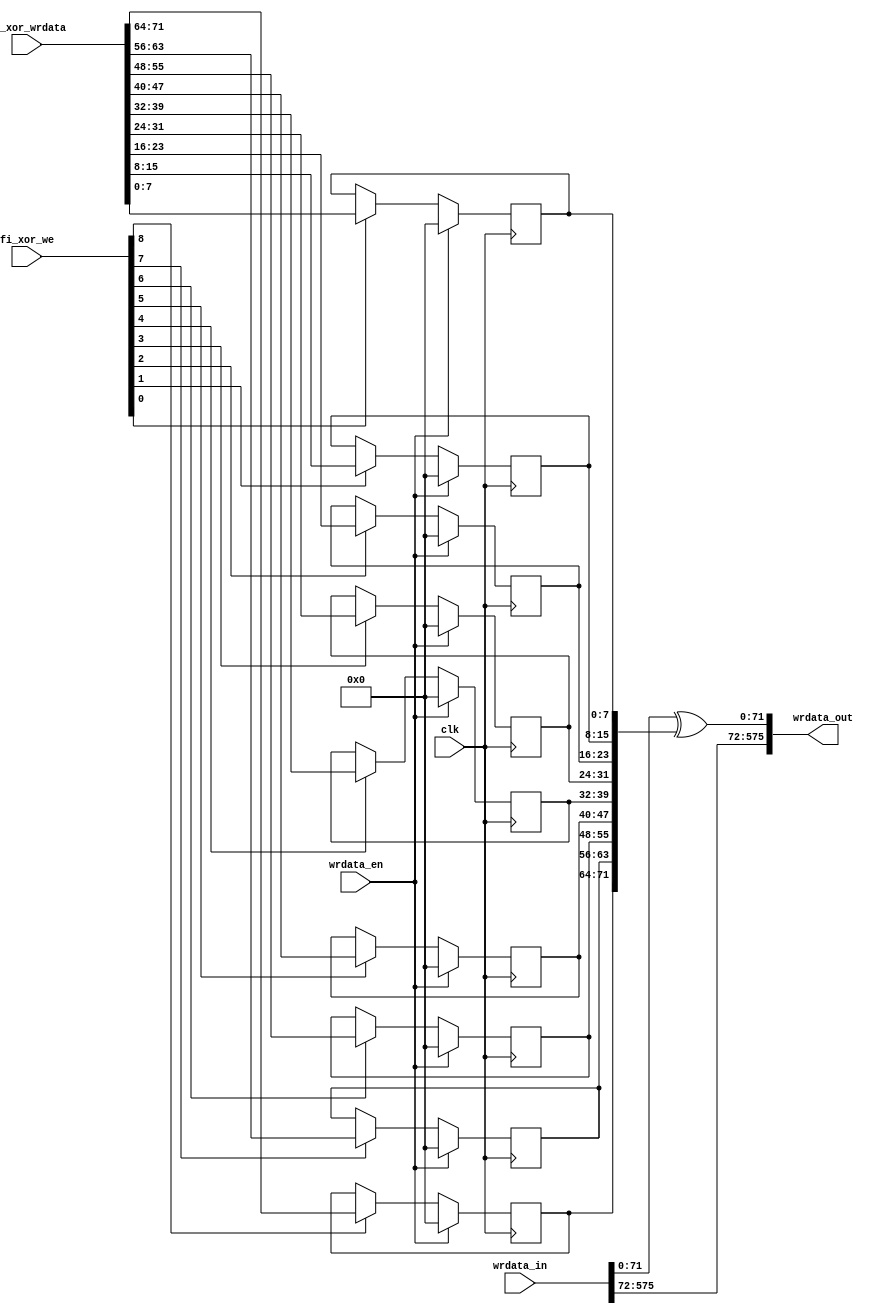
module mig_7series_v2_0_fi_xor #
(
///////////////////////////////////////////////////////////////////////////////
// Parameter Definitions
///////////////////////////////////////////////////////////////////////////////
  // External Memory Data Width
  parameter integer DQ_WIDTH               = 72,
  parameter integer DQS_WIDTH              = 9,
  parameter integer nCK_PER_CLK            = 4
)
(
///////////////////////////////////////////////////////////////////////////////
// Port Declarations     
///////////////////////////////////////////////////////////////////////////////
  input  wire                              clk           , 
  input  wire [2*nCK_PER_CLK*DQ_WIDTH-1:0] wrdata_in     , 
  output wire [2*nCK_PER_CLK*DQ_WIDTH-1:0] wrdata_out    , 
  input  wire                              wrdata_en     , 
  input  wire [DQS_WIDTH-1:0]              fi_xor_we     ,
  input  wire [DQ_WIDTH-1:0]               fi_xor_wrdata
);

/////////////////////////////////////////////////////////////////////////////
// Functions
/////////////////////////////////////////////////////////////////////////////

////////////////////////////////////////////////////////////////////////////////
// Local parameters
////////////////////////////////////////////////////////////////////////////////
localparam DQ_PER_DQS = DQ_WIDTH / DQS_WIDTH;

////////////////////////////////////////////////////////////////////////////////
// Wires/Reg declarations
////////////////////////////////////////////////////////////////////////////////
reg [DQ_WIDTH-1:0]              fi_xor_data = {DQ_WIDTH{1'b0}};

////////////////////////////////////////////////////////////////////////////////
// BEGIN RTL
///////////////////////////////////////////////////////////////////////////////

// Register in the fi_xor_wrdata on a byte width basis
generate
begin
  genvar i;
  for (i = 0; i < DQS_WIDTH; i = i + 1) begin : assign_fi_xor_data
    always @(posedge clk) begin
      if (wrdata_en) begin
        fi_xor_data[i*DQ_PER_DQS+:DQ_PER_DQS] <= {DQ_PER_DQS{1'b0}};
      end
      else if (fi_xor_we[i]) begin
        fi_xor_data[i*DQ_PER_DQS+:DQ_PER_DQS] <= fi_xor_wrdata[i*DQ_PER_DQS+:DQ_PER_DQS];
      end 
      else begin
        fi_xor_data[i*DQ_PER_DQS+:DQ_PER_DQS] <= fi_xor_data[i*DQ_PER_DQS+:DQ_PER_DQS];
      end
    end
  end
  
end
endgenerate

assign wrdata_out[0+:DQ_WIDTH] = wrdata_in[0+:DQ_WIDTH] ^ fi_xor_data[0+:DQ_WIDTH];
 
 // Pass through upper bits
assign wrdata_out[DQ_WIDTH+:(2*nCK_PER_CLK-1)*DQ_WIDTH] = wrdata_in[DQ_WIDTH+:(2*nCK_PER_CLK-1)*DQ_WIDTH];

endmodule